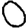
Digit: 0